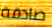
صادقة